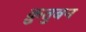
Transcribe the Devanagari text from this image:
क़ुतुबन